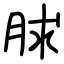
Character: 脙